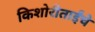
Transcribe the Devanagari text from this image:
किशोरीताईंचे